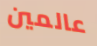
عالمين